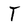
Character: T